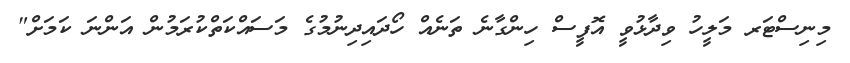
މިނިސްޓަރ މަލީހު ވިދާޅުވީ އޮފީސް ހިންގާނެ ތަނެއް ހޯދައިދިނުމުގެ މަސައްކަތްކުރަމުން އަންނަ ކަމަށް"